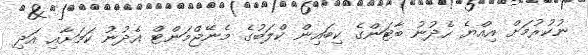
ނުކުރުމަށް އިއްޔެ ހެދުނު ބާޓަންގެ ކިބައިން ކްލަބުގެ މެނޭޖްމަންޓް އެދުނު ކަމަށާއި އަދި